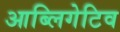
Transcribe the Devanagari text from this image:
आब्लिगेटिव